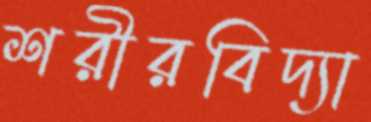
শরীরবিদ্যা